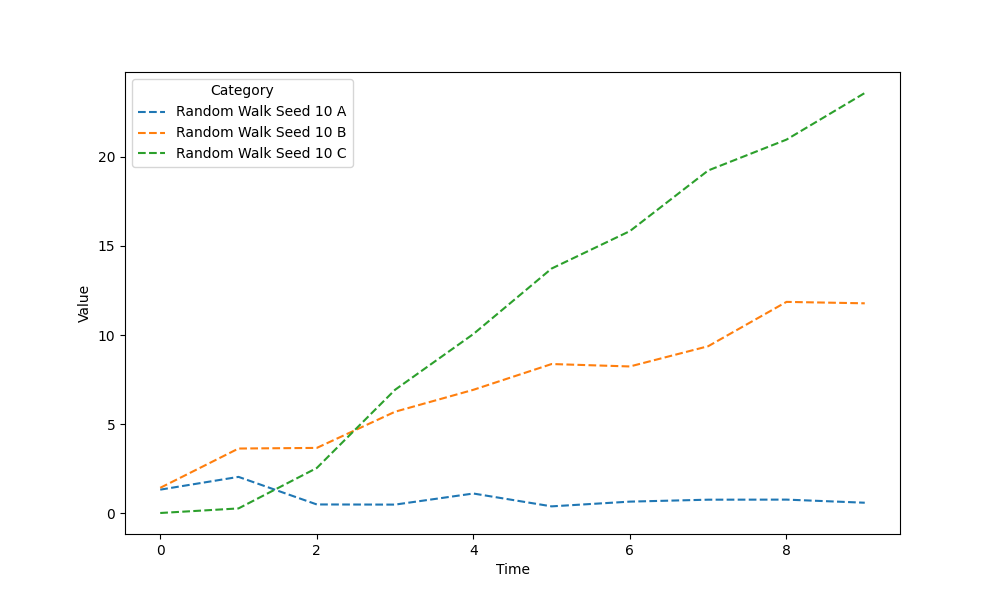
python, seaborn, lineplot, style='dashed', marker='None'